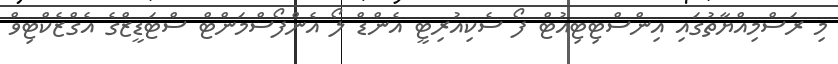
މި ރަސްމިއްޔާތުގައި އިންސްޓިޓިއުޓް ފޯ ސެކިއުރިޓީ އެންޑް ލޯ އެންފޯސްމަންޓް ސްޓަޑީޒްގެ އެގްޒެކްޓިވް